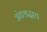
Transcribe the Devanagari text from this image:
अंधश्रद्धाच